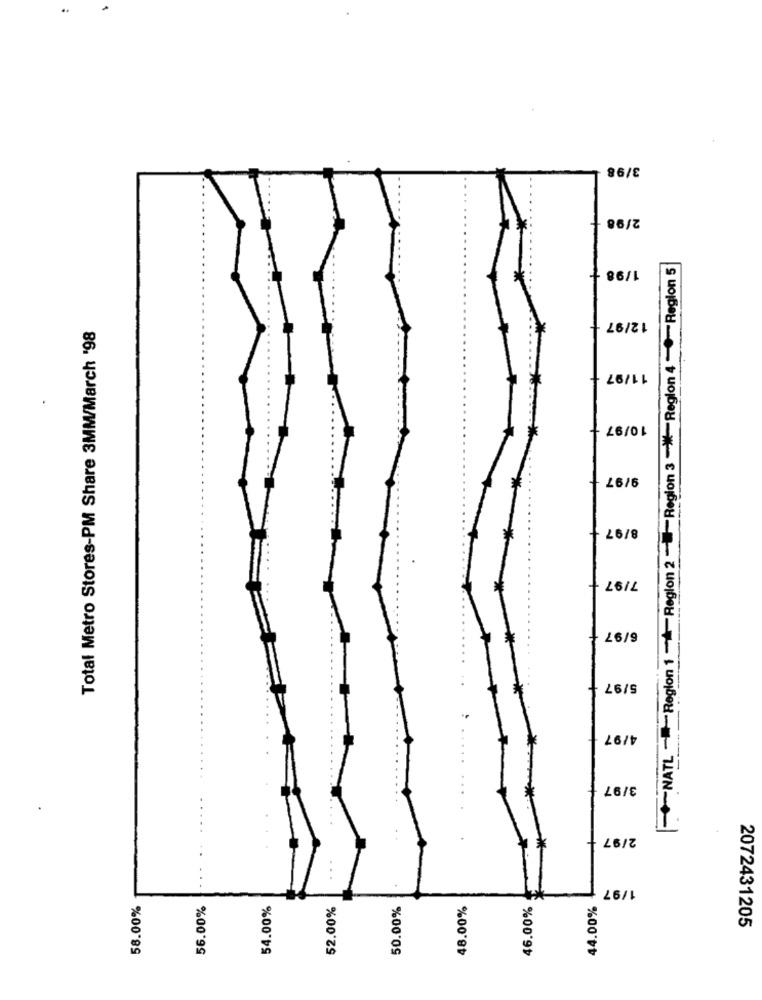
3/98
2/98
1NATL -Region 1 Region 2 -Region 3 -*- Region 4 -Region 5
1/98 +
Total Metro Stores-PM Share 3MM/March '98
12/97
11/97
10/97
9/97
8/97 +
7/97 +
6/97
5/97
4/97
3/97
2/97
1/97
58.00%
56.00%
54.00%
52.00%
50.00%
48.00%
46.00%
44.00%
2072431205